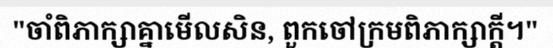
"ចាំពិភាក្សាគ្នាមើលសិន, ពួកចៅក្រមពិភាក្សាក្តី។"